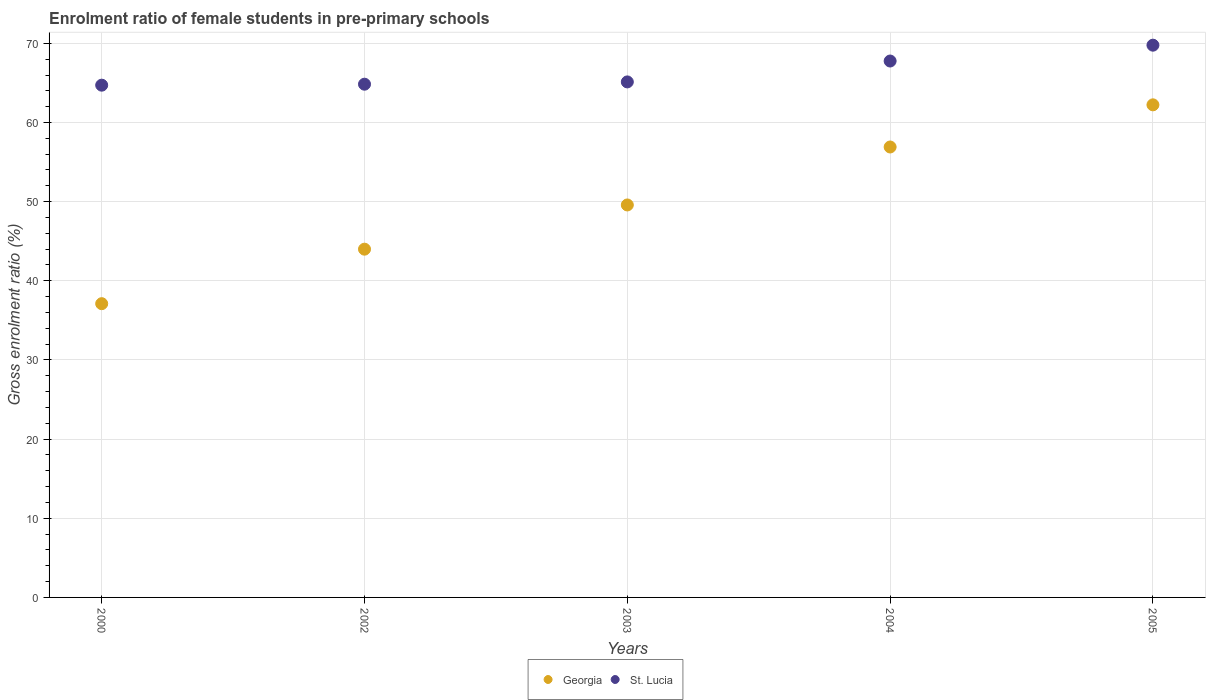
| Years | Georgia | St. Lucia |
 | --- | --- | --- |
 | 2000 | 37.1 | 64.7 |
 | 2002 | 44 | 64.8 |
 | 2003 | 49.6 | 65.1 |
 | 2004 | 56.9 | 67.8 |
 | 2005 | 62.2 | 69.8 |